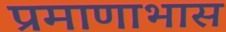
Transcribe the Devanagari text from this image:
प्रमाणाभास